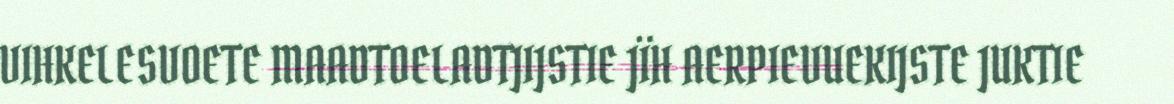
VIHKELESVOETE MAADTOELADTJIJSTIE JÏH AERPIEVUEKIJSTE JUKTIE